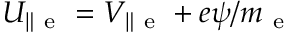
U _ { \| \mathrm { ~ e ~ } } = V _ { \| \mathrm { ~ e ~ } } + e \psi / m _ { \mathrm { ~ e ~ } }